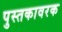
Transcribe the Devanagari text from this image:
पुस्तकावरक